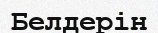
Белдерін